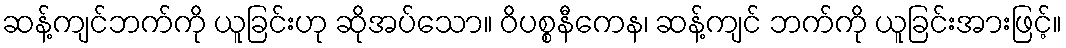
ဆန့်ကျင်ဘက်ကို ယူခြင်းဟု ဆိုအပ်သော။ ဝိပစ္စနီကေန၊ ဆန့်ကျင် ဘက်ကို ယူခြင်းအားဖြင့်။